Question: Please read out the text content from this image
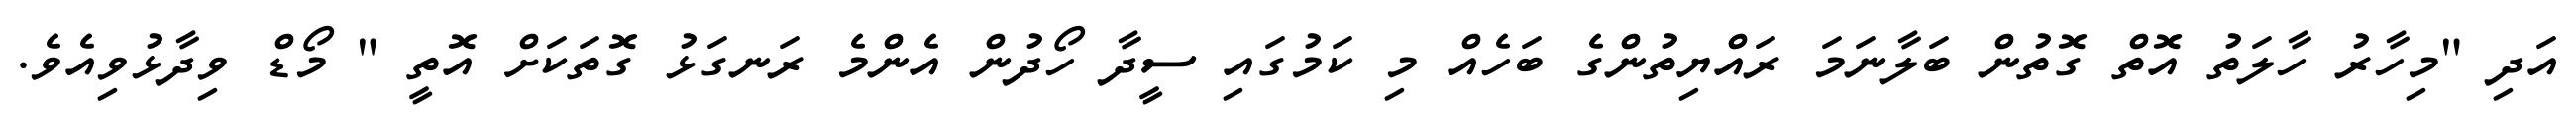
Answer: އަދި "މިހާރު ހާލަތު އޮތް ގޮތުން ބަލާނަމަ ރައްޔިތުންގެ ބަހެއް މި ކަމުގައި ސީދާ ހޯދުން އެންމެ ރަނގަޅު ގޮތަކަށް އޮތީ " މޯޑް ވިދާޅުވިއެވެ.